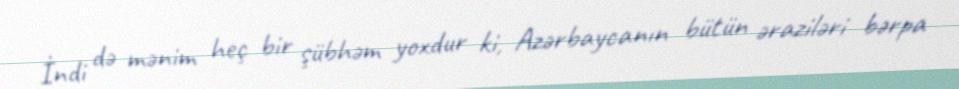
İndi də mənim heç bir şübhəm yoxdur ki, Azərbaycanın bütün əraziləri bərpa